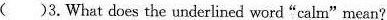
( )3.What does the underlined word“calm mean?